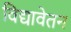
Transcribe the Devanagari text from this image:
विद्यावेतन